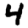
Digit: 4